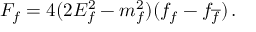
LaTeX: F _ { f } = 4 ( 2 E _ { f } ^ { 2 } - m _ { f } ^ { 2 } ) ( f _ { f } - f _ { \overline { { f } } } ) \, .